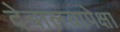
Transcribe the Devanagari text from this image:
देवालयापेक्षा